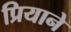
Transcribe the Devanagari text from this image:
प्रियाने